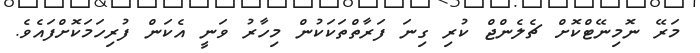
މަރޭ ނޮމިނޭޓްކޮށް ޗެލެންޖް ކުރި ގިނަ ފަރާތްތަކަކުން މިހާރު ވަނީ އެކަން ފުރިހަމަކޮށްފައެވެ.